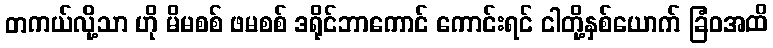
တကယ်လို့သာ ဟို မိမစစ် ဖမစစ် ဒရိုင်ဘာကောင် ကောင်းရင် ငါတို့နှစ်ယောက် ခြံဝအထိ